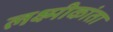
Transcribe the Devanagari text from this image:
लक्ष्मीकांता